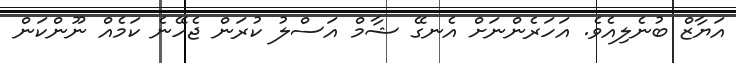
އަޔާޒް ބުނެލިއެވެ. އަހަރެންނަށް އެނގޭ ޝާމް އަސްލު ކުރަން ޖެހޭނެ ކަމެއް ނޫންކަން